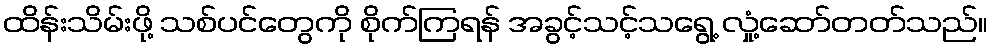
ထိန်းသိမ်းဖို့ သစ်ပင်တွေကို စိုက်ကြရန် အခွင့်သင့်သရွေ့ လှုံ့ဆော်တတ်သည်။